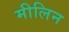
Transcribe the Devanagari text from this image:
मीलिन